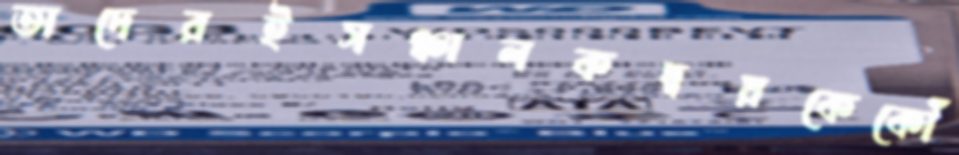
তাদেরইসঞ্চালকদ্বয়কেকৌঁ